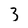
Character: 3